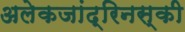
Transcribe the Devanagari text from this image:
अलेकजांद्रिनस्की